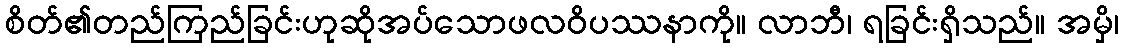
စိတ်၏တည်ကြည်ခြင်းဟုဆိုအပ်သောဖလဝိပဿနာကို။ လာဘီ၊ ရခြင်းရှိသည်။ အမှိ၊